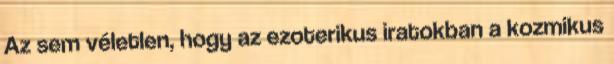
Az sem vé­letlen, hogy az ezoterikus iratokban a kozmikus